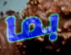
بما